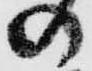
の